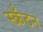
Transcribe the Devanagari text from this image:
स्क्रॅंटन